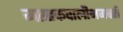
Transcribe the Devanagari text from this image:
मस्तकवालीभगवती